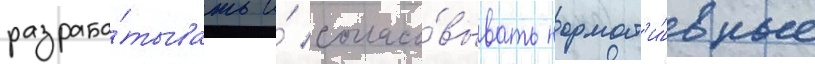
разраба́тывать и́ согласо́вывать нормат'и́вные